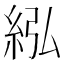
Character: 紭